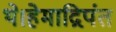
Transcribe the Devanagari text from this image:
थे।हेमाद्रिपंत